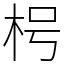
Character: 枵